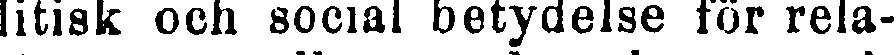
litisk och social betydelse för rela-